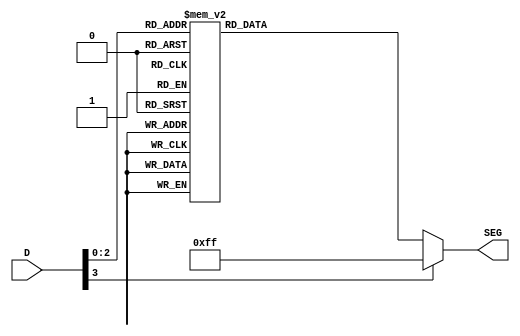
module mauricio(
   input [3:0] D,
   output reg [7:0] SEG
   );

always @(*) 
begin
	case(D)
        4'd0: SEG <= 8'b00010011;
        4'd1: SEG <= 8'b00010001; 
        4'd2: SEG <= 8'b10000011;
        4'd3: SEG <= 8'b01110011;
        4'd4: SEG <= 8'b10011111;
        4'd5: SEG <= 8'b01100011;
        4'd6: SEG <= 8'b10011111;
        4'd7: SEG <= 8'b00000011;
        default: SEG <= 8'b11111111;
	endcase
end

endmodule